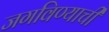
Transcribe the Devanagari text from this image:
जगविण्याची